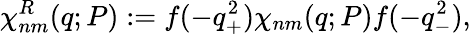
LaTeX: \chi_{nm}^{R}(q;P):=f(-q_{+}^{2})\chi_{nm}(q;P)f(-q_{-}^{2}),